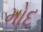
મોદ